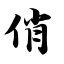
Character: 俏